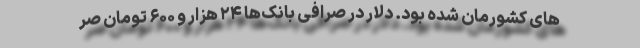
های کشورمان شده بود. دلار در صرافی بانک‌ها ۲۴ هزار و ۶۰۰ تومان صر